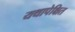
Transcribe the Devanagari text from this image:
यथापेक्षित